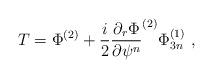
LaTeX: \begin{align*}T = \Phi^{(2)} +\frac{i}{2} \frac{\partial_r\Phi}{\partial\psi^n}^{(2)}\Phi^{(1)}_{3n}\,\,,\end{align*}